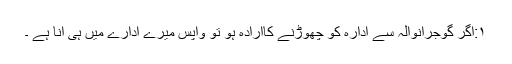
۱:اگر گوجرانوالہ سے ادارہ کو چھوڑنے کاارادہ ہو تو واپس میرے ادارے میں ہی آنا ہے ۔